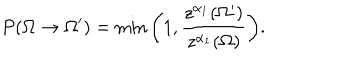
LaTeX: P ( \Omega \rightarrow \Omega ^ { \prime } ) = \min \bigg ( 1 , \frac { z ^ { \alpha _ { 1 } } ( \Omega ^ { \prime } ) } { z ^ { \alpha _ { 1 } } ( \Omega ) } \bigg ) .